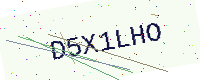
Text: D5X1LHO